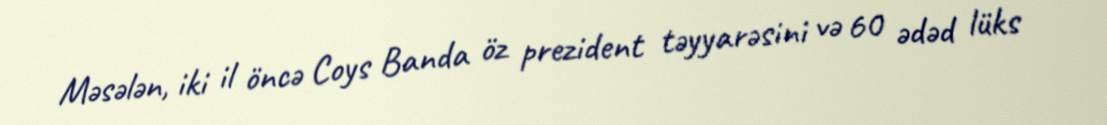
Məsələn, iki il öncə Coys Banda öz prezident təyyarəsini və 60 ədəd lüks